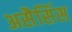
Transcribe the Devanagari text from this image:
असैसिंस